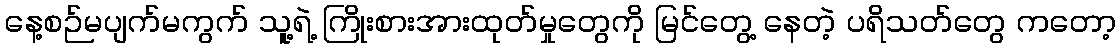
နေ့စဉ်မပျက်မကွက် သူ့ရဲ့ ကြိုးစားအားထုတ်မှုတွေကို မြင်တွေ့ နေတဲ့ ပရိသတ်တွေ ကတော့